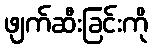
ဖျက်ဆီးခြင်းကို